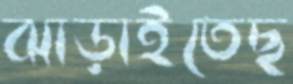
ঝাড়াইতেছ